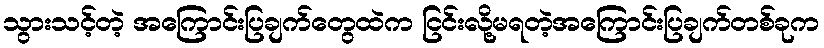
သွားသင့်တဲ့ အကြောင်းပြချက်တွေထဲက ငြင်းလို့မရတဲ့အကြောင်းပြချက်တစ်ခုက